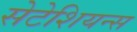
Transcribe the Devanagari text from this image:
सेटेशियन्स